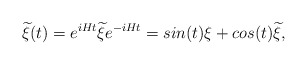
\begin{align*}{\widetilde \xi}(t) = e^{iHt} {\widetilde \xi} e^{-iHt} = sin(t) \xi +cos(t) {\widetilde \xi},\end{align*}